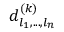
d _ { l _ { 1 } , . . . , l _ { n } } ^ { ( k ) }